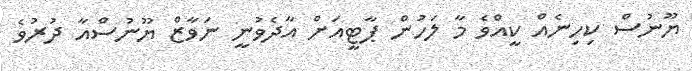
ޔޫނުސް ކިހިނެއް ކީއްވެ މާ ލަހުން ޕާޓީއަށް އާދެވުނީ ނަވާޒް ޔޫނުސްއާ ދުރުވެ